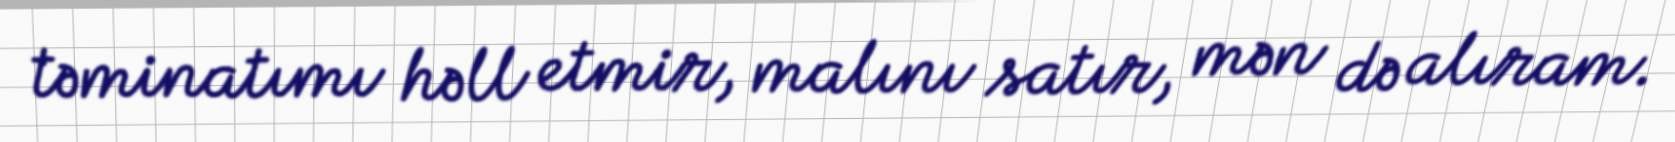
təminatımı həll etmir, malını satır, mən də alıram.